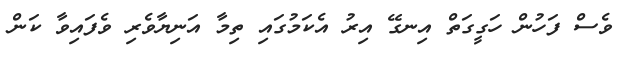
ވެސް ފަހުން ހަގީގަތް އިނގޭ އިރު އެކަމުގައި ތިމާ އަނިޔާވެރި ވެފައިވާ ކަން